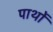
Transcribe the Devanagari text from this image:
पार्थों